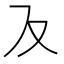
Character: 𭆥